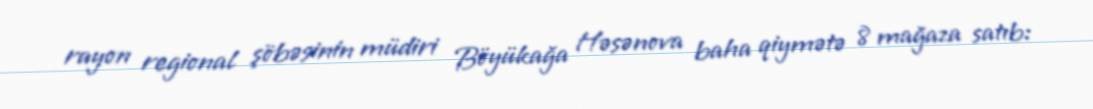
rayon regional şöbəsinin müdiri Böyükağa Həsənova baha qiymətə 8 mağaza satıb: